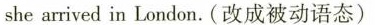
she arrived in London.(改成被动语态)